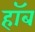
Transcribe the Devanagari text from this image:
हॉब